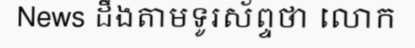
News ដឹងតាមទូរស័ព្ទថា លោក